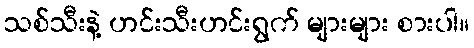
သစ်သီးနဲ့ ဟင်းသီးဟင်းရွက် များများ စားပါ။